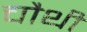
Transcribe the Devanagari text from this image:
चाैथी